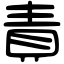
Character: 責